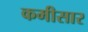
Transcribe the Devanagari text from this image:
कमीसार